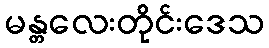
မန္တလေးတိုင်းဒေသ